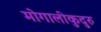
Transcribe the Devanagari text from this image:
मोगालीकुदुरु